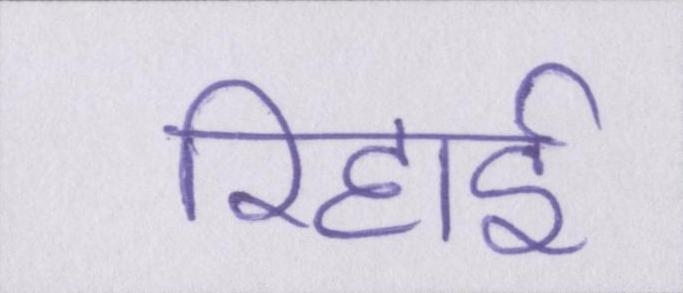
रिहाई